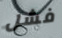
فشل